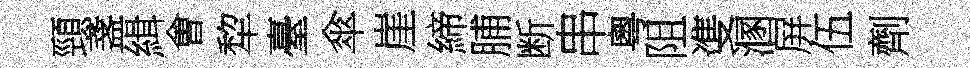
頸盞緝㑹犂臺傘崖締脯断串粵阻㕠溷屏伍劑